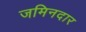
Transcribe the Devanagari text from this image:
जमिनदार